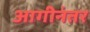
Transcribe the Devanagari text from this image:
आगीनंतर